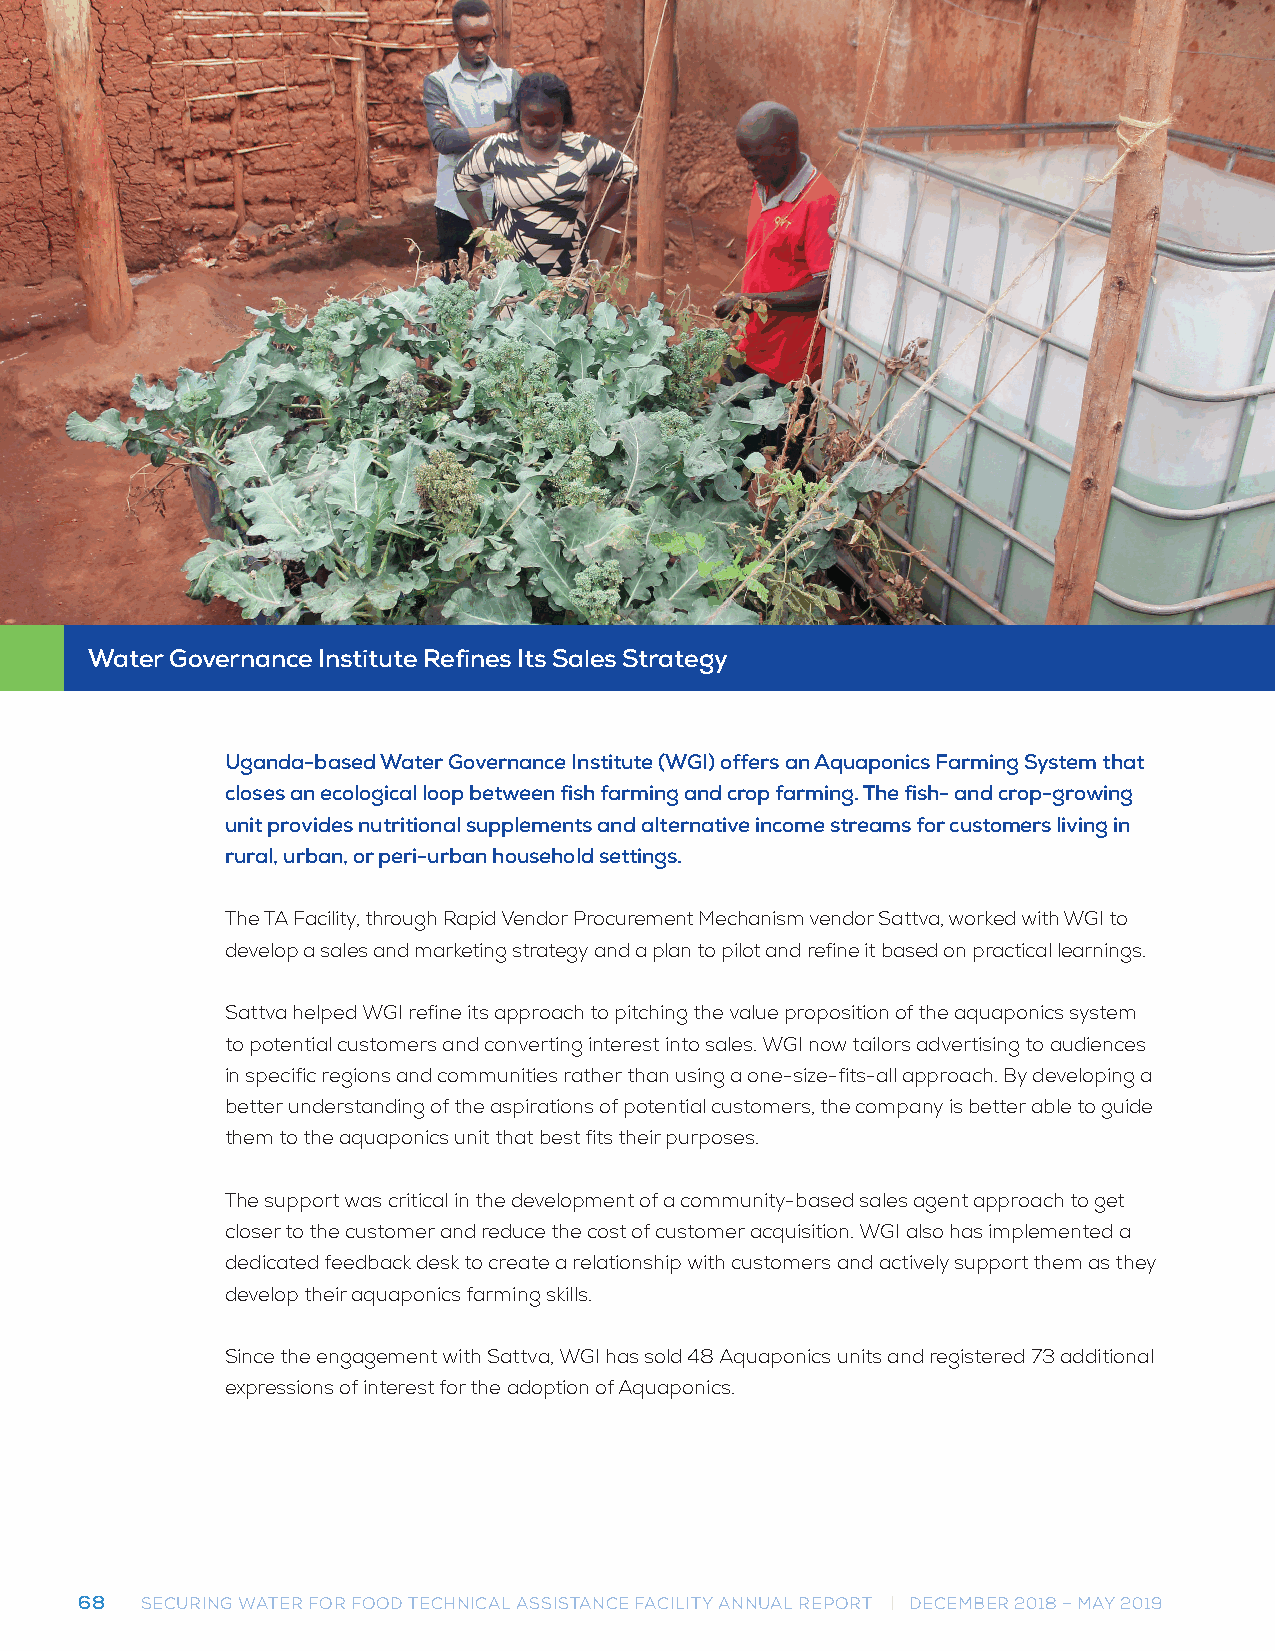
Water Governance Institute Refines Its Sales Strategy
 Uganda-based Water Governance Institute (WGI) offers an Aquaponics Farming System that
 closes an ecological loop between fish farming and crop farming. The fish- and crop-growing
 unit provides nutritional supplements and alternative income streams for customers living in
 rural, urban, or peri-urban household settings.
 The TA Facility, through Rapid Vendor Procurement Mechanism vendor Sattva, worked with WGI to
 develop a sales and marketing strategy and a plan to pilot and refine it based on practical learnings.
 Sattva helped WGI refine its approach to pitching the value proposition of the aquaponics system
 to potential customers and converting interest into sales. WGI now tailors advertising to audiences
 in specific regions and communities rather than using a one-size-fits-all approach. By developing a
 better understanding of the aspirations of potential customers, the company is better able to guide
 them to the aquaponics unit that best fits their purposes.
 The support was critical in the development of a community-based sales agent approach to get
 closer to the customer and reduce the cost of customer acquisition. WGI also has implemented a
 dedicated feedback desk to create a relationship with customers and actively support them as they
 develop their aquaponics farming skills.
 Since the engagement with Sattva, WGI has sold 48 Aquaponics units and registered 73 additional
 expressions of interest for the adoption of Aquaponics.
 68  SECURING WATER FOR FOOD TECHNICAL ASSISTANCE FACILITY ANNUAL REPORT | DECEMBER 2018 – MAY 2019